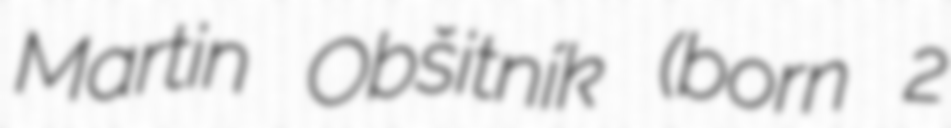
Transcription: Martin Obšitník (born 2